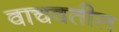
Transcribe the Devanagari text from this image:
वाचवतील